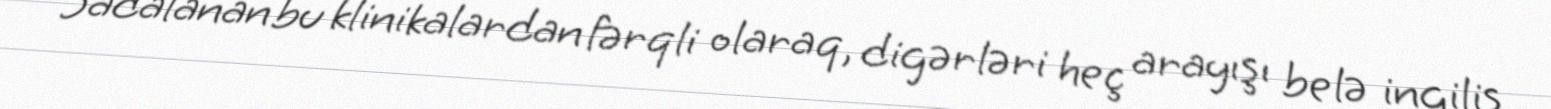
Sadalanan bu klinikalardan fərqli olaraq, digərləri heç arayışı belə ingilis